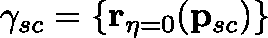
\mathbf { \gamma } _ { s c } = \{ \mathbf { r } _ { \eta = 0 } ( \mathbf { p } _ { s c } ) \}